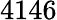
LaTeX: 4146